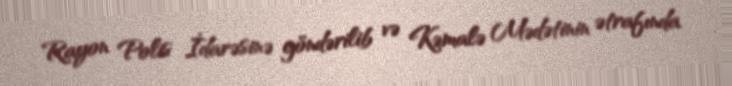
Rayon Polis İdarəsinə göndərilib və Kəmalə Mədətinin ətrafında